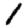
Digit: 1